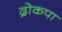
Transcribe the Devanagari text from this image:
द्रोकपा